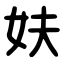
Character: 妋